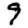
Digit: 9